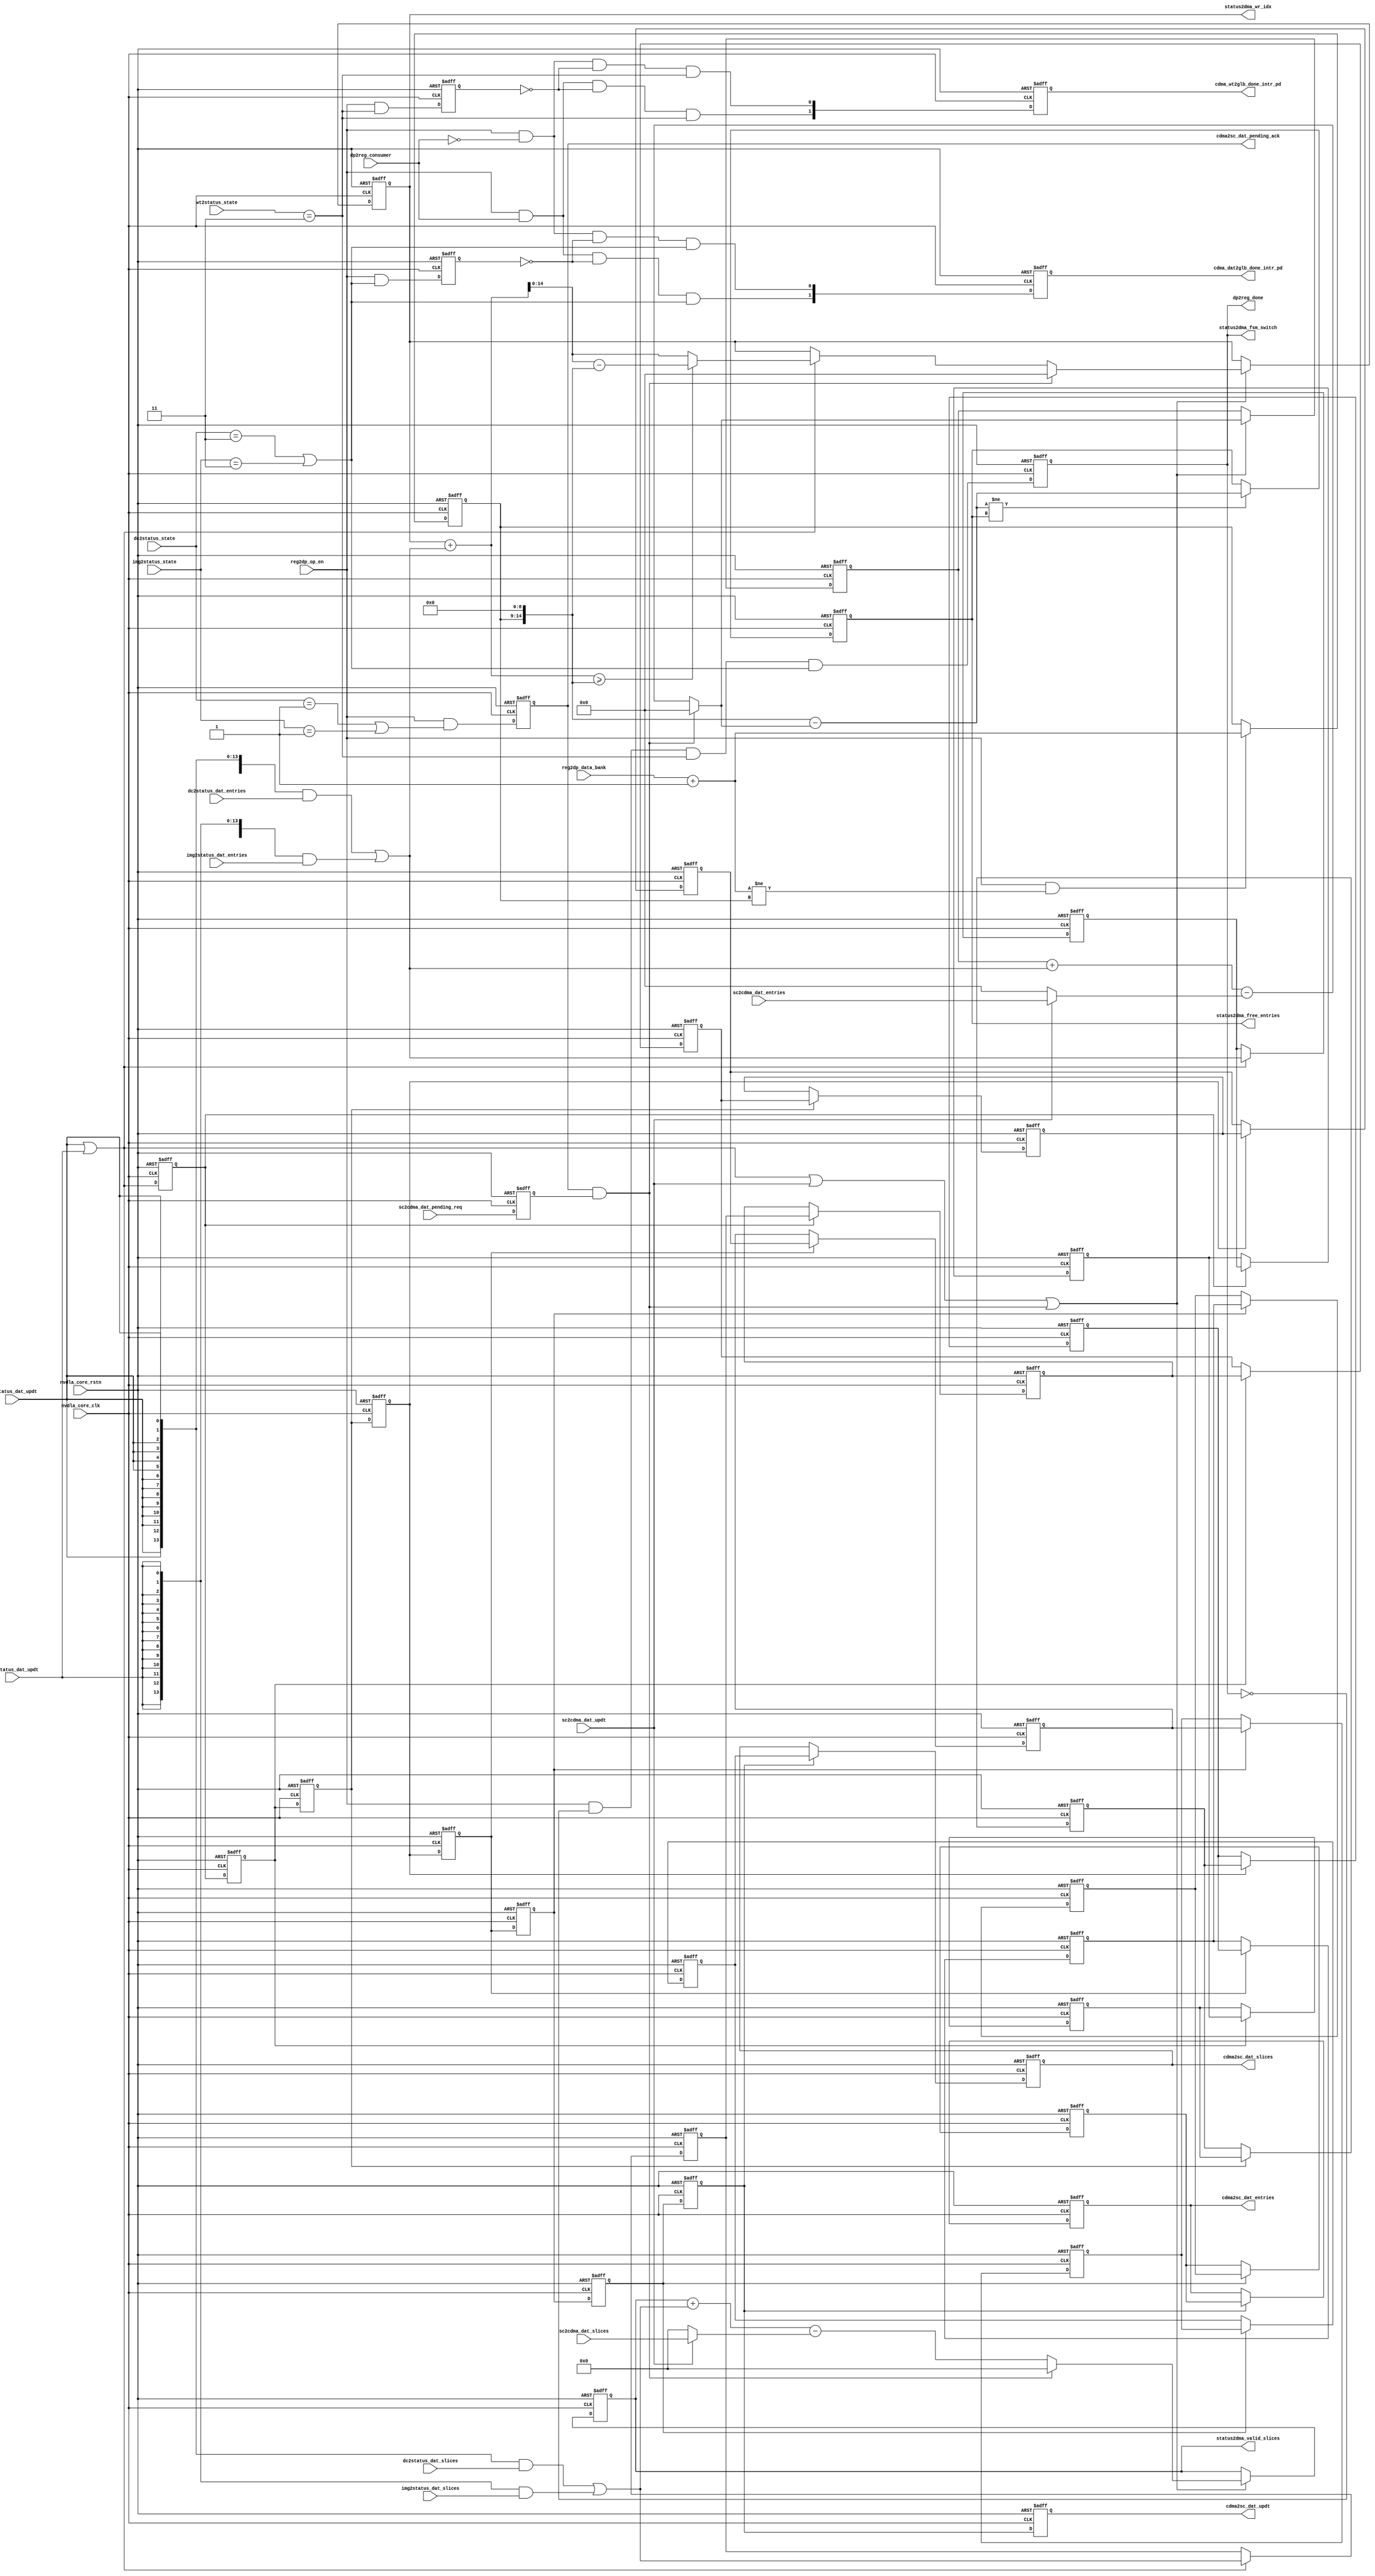
// ================================================================
// NVDLA Open Source Project
//
// Copyright(c) 2016 - 2017 NVIDIA Corporation. Licensed under the
// NVDLA Open Hardware License; Check "LICENSE" which comes with
// this distribution for more information.
// ================================================================
// ================================================================
// NVDLA Open Source Project
// 
// Copyright(c) 2016 - 2017 NVIDIA Corporation.  Licensed under the
// NVDLA Open Hardware License; Check "LICENSE" which comes with 
// this distribution for more information.
// ================================================================
//#define CDMA_SBUF_SDATA_BITS            256
//DorisL-S----------------
//
// #if ( NVDLA_MEMORY_ATOMIC_SIZE  ==  32 )
//     #define IMG_LARGE
// #endif
// #if ( NVDLA_MEMORY_ATOMIC_SIZE == 8 )
//     #define IMG_SMALL
// #endif
//DorisL-E----------------
//--------------------------------------------------
module NV_NVDLA_CDMA_status (
   nvdla_core_clk
  ,nvdla_core_rstn
  ,dc2status_dat_entries
  ,dc2status_dat_slices
  ,dc2status_dat_updt
  ,dc2status_state
  ,dp2reg_consumer
  ,img2status_dat_entries
  ,img2status_dat_slices
  ,img2status_dat_updt
  ,img2status_state
  ,reg2dp_data_bank
  ,reg2dp_op_en
  ,sc2cdma_dat_entries
  ,sc2cdma_dat_pending_req
  ,sc2cdma_dat_slices
  ,sc2cdma_dat_updt
  ,wt2status_state
  ,cdma2sc_dat_entries
  ,cdma2sc_dat_pending_ack
  ,cdma2sc_dat_slices
  ,cdma2sc_dat_updt
  ,cdma_dat2glb_done_intr_pd
  ,cdma_wt2glb_done_intr_pd
  ,dp2reg_done
  ,status2dma_free_entries
  ,status2dma_fsm_switch
  ,status2dma_valid_slices
  ,status2dma_wr_idx
  );
/////////////////////////////////////////////////////////
input nvdla_core_clk;
input nvdla_core_rstn;
input dc2status_dat_updt;
input [14:0] dc2status_dat_entries;
input [13:0] dc2status_dat_slices;
input img2status_dat_updt;
input [14:0] img2status_dat_entries;
input [13:0] img2status_dat_slices;
input sc2cdma_dat_updt;
input [14:0] sc2cdma_dat_entries;
input [13:0] sc2cdma_dat_slices;
output cdma2sc_dat_updt;
output [14:0] cdma2sc_dat_entries;
output [13:0] cdma2sc_dat_slices;
output [13:0] status2dma_valid_slices;
output [14:0] status2dma_free_entries;
output [14:0] status2dma_wr_idx;
input [1:0] dc2status_state;
input [1:0] img2status_state;
input [1:0] wt2status_state;
output dp2reg_done;
output status2dma_fsm_switch;
output [1:0] cdma_wt2glb_done_intr_pd;
output [1:0] cdma_dat2glb_done_intr_pd;
input sc2cdma_dat_pending_req;
output cdma2sc_dat_pending_ack;
input [0:0] reg2dp_op_en;
input [4:0] reg2dp_data_bank;
/////////////////////////////////////////////////////////
reg dat2status_done_d1;
reg [1:0] dat_done_intr;
reg [14:0] dat_entries_d1;
reg [14:0] dat_entries_d2;
reg [14:0] dat_entries_d3;
reg [14:0] dat_entries_d4;
reg [14:0] dat_entries_d5;
reg [14:0] dat_entries_d6;
reg [14:0] dat_entries_d7;
reg [14:0] dat_entries_d8;
reg [14:0] dat_entries_d9;
reg [13:0] dat_slices_d1;
reg [13:0] dat_slices_d2;
reg [13:0] dat_slices_d3;
reg [13:0] dat_slices_d4;
reg [13:0] dat_slices_d5;
reg [13:0] dat_slices_d6;
reg [13:0] dat_slices_d7;
reg [13:0] dat_slices_d8;
reg [13:0] dat_slices_d9;
reg dat_updt_d1;
reg dat_updt_d2;
reg dat_updt_d3;
reg dat_updt_d4;
reg dat_updt_d5;
reg dat_updt_d6;
reg dat_updt_d7;
reg dat_updt_d8;
reg dat_updt_d9;
reg layer_end;
reg pending_ack;
reg pending_req;
reg [5:0] real_bank;
reg [14:0] status2dma_free_entries;
reg status2dma_fsm_switch;
reg [14:0] status2dma_valid_entries;
reg [13:0] status2dma_valid_slices;
reg [14:0] status2dma_wr_idx;
reg wt2status_done_d1;
reg [1:0] wt_done_intr;
wire dat2status_done;
wire [1:0] dat_done_intr_w;
wire [14:0] dat_entries_d0;
wire [13:0] dat_slices_d0;
wire dat_updt_d0;
wire dc2status_done;
wire dc2status_pend;
wire [14:0] entries_add;
wire entries_reg_en;
wire [14:0] entries_sub;
wire img2status_done;
wire img2status_pend;
wire layer_end_w;
wire mon_status2dma_free_entries_w;
wire mon_status2dma_valid_entries_w;
wire mon_status2dma_valid_slices_w;
wire mon_status2dma_wr_idx_inc_wrap;
wire pending_ack_w;
wire real_bank_reg_en;
wire [5:0] real_bank_w;
wire [13:0] slices_add;
wire [13:0] slices_sub;
wire [14:0] status2dma_free_entries_w;
wire status2dma_fsm_switch_w;
wire [14:0] status2dma_valid_entries_w;
wire [13:0] status2dma_valid_slices_w;
wire [15:0] status2dma_wr_idx_inc;
wire [14:0] status2dma_wr_idx_inc_wrap;
wire status2dma_wr_idx_overflow;
wire [14:0] status2dma_wr_idx_w;
wire update_all;
wire update_dma;
wire wt2status_done;
wire [1:0] wt_done_intr_w;
input dp2reg_consumer;
////////////////////////////////////////////////////////////////////////
// control CDMA working status //
////////////////////////////////////////////////////////////////////////
assign wt2status_done = (wt2status_state == 3 );
assign dc2status_done = (dc2status_state == 3 );
assign dc2status_pend = (dc2status_state == 1 );
assign img2status_done = (img2status_state == 3 );
assign img2status_pend = (img2status_state == 1 );
assign dat2status_done = (dc2status_done | img2status_done);
assign status2dma_fsm_switch_w = reg2dp_op_en & ~status2dma_fsm_switch & wt2status_done & dat2status_done;
assign wt_done_intr_w[0] = reg2dp_op_en & ~dp2reg_consumer & ~wt2status_done_d1 & wt2status_done;
assign wt_done_intr_w[1] = reg2dp_op_en & dp2reg_consumer & ~wt2status_done_d1 & wt2status_done;
assign dat_done_intr_w[0] = reg2dp_op_en & ~dp2reg_consumer & ~dat2status_done_d1 & dat2status_done;
assign dat_done_intr_w[1] = reg2dp_op_en & dp2reg_consumer & ~dat2status_done_d1 & dat2status_done;
//: &eperl::flop("-nodeclare   -rval \"1'b0\"   -d \"status2dma_fsm_switch_w\" -q status2dma_fsm_switch");
//: &eperl::flop("-nodeclare   -rval \"1'b0\"   -d \"reg2dp_op_en & wt2status_done\" -q wt2status_done_d1");
//: &eperl::flop("-nodeclare   -rval \"1'b0\"   -d \"reg2dp_op_en & dat2status_done\" -q dat2status_done_d1");
//: &eperl::flop("-nodeclare   -rval \"{2{1'b0}}\"   -d \"wt_done_intr_w\" -q wt_done_intr");
//: &eperl::flop("-nodeclare   -rval \"{2{1'b0}}\"   -d \"dat_done_intr_w\" -q dat_done_intr");
//| eperl: generated_beg (DO NOT EDIT BELOW)
always @(posedge nvdla_core_clk or negedge nvdla_core_rstn) begin
   if (!nvdla_core_rstn) begin
       status2dma_fsm_switch <= 1'b0;
   end else begin
       status2dma_fsm_switch <= status2dma_fsm_switch_w;
   end
end
always @(posedge nvdla_core_clk or negedge nvdla_core_rstn) begin
   if (!nvdla_core_rstn) begin
       wt2status_done_d1 <= 1'b0;
   end else begin
       wt2status_done_d1 <= reg2dp_op_en & wt2status_done;
   end
end
always @(posedge nvdla_core_clk or negedge nvdla_core_rstn) begin
   if (!nvdla_core_rstn) begin
       dat2status_done_d1 <= 1'b0;
   end else begin
       dat2status_done_d1 <= reg2dp_op_en & dat2status_done;
   end
end
always @(posedge nvdla_core_clk or negedge nvdla_core_rstn) begin
   if (!nvdla_core_rstn) begin
       wt_done_intr <= {2{1'b0}};
   end else begin
       wt_done_intr <= wt_done_intr_w;
   end
end
always @(posedge nvdla_core_clk or negedge nvdla_core_rstn) begin
   if (!nvdla_core_rstn) begin
       dat_done_intr <= {2{1'b0}};
   end else begin
       dat_done_intr <= dat_done_intr_w;
   end
end

//| eperl: generated_end (DO NOT EDIT ABOVE)
assign dp2reg_done = status2dma_fsm_switch;
assign cdma_wt2glb_done_intr_pd = wt_done_intr;
assign cdma_dat2glb_done_intr_pd = dat_done_intr;
////////////////////////////////////////////////////////////////////////
// manage data bank status //
////////////////////////////////////////////////////////////////////////
assign layer_end_w = status2dma_fsm_switch ? 1'b1 :
                     reg2dp_op_en ? 1'b0 :
                     layer_end;
assign real_bank_w = reg2dp_data_bank + 1'b1;
assign real_bank_reg_en = reg2dp_op_en && (real_bank_w != real_bank);
assign pending_ack_w = (reg2dp_op_en & (dc2status_pend | img2status_pend));
assign update_dma = dc2status_dat_updt | img2status_dat_updt;
assign update_all = update_dma | sc2cdma_dat_updt | (pending_ack & pending_req);
assign entries_add = ({15{dc2status_dat_updt}} & dc2status_dat_entries) |
                     ({15{img2status_dat_updt}} & img2status_dat_entries);
assign entries_sub = sc2cdma_dat_updt ? sc2cdma_dat_entries : 15'b0;
assign {mon_status2dma_valid_entries_w,
        status2dma_valid_entries_w} = (pending_ack & pending_req) ? 15'b0 :
                                     status2dma_valid_entries + entries_add - entries_sub;
assign slices_add = ({14{dc2status_dat_updt}} & dc2status_dat_slices) |
                    ({14{img2status_dat_updt}} & img2status_dat_slices);
assign slices_sub = sc2cdma_dat_updt ? sc2cdma_dat_slices : 14'b0;
assign {mon_status2dma_valid_slices_w,
        status2dma_valid_slices_w} = (pending_ack & pending_req) ? 15'b0 :
                                    status2dma_valid_slices + slices_add - slices_sub;
//: my $bank_depth = 512 ;
//: my $bankdep_bw = int( log($bank_depth)/log(2) );
//: print qq(
//: assign {mon_status2dma_free_entries_w,
//: status2dma_free_entries_w} = {real_bank, ${bankdep_bw}'b0} - status2dma_valid_entries_w;
//: );
//| eperl: generated_beg (DO NOT EDIT BELOW)

assign {mon_status2dma_free_entries_w,
status2dma_free_entries_w} = {real_bank, 9'b0} - status2dma_valid_entries_w;

//| eperl: generated_end (DO NOT EDIT ABOVE)
assign entries_reg_en = (status2dma_free_entries_w != status2dma_free_entries);
assign status2dma_wr_idx_inc = status2dma_wr_idx + entries_add;
//: my $bank_depth = 512 ;
//: my $bankdep_bw = int( log($bank_depth)/log(2) );
//: print qq( assign {mon_status2dma_wr_idx_inc_wrap,
//: status2dma_wr_idx_inc_wrap} = status2dma_wr_idx + entries_add - {real_bank, ${bankdep_bw}'b0};
//: assign status2dma_wr_idx_overflow = (status2dma_wr_idx_inc >= {1'b0, real_bank, ${bankdep_bw}'b0});
//: );
//| eperl: generated_beg (DO NOT EDIT BELOW)
 assign {mon_status2dma_wr_idx_inc_wrap,
status2dma_wr_idx_inc_wrap} = status2dma_wr_idx + entries_add - {real_bank, 9'b0};
assign status2dma_wr_idx_overflow = (status2dma_wr_idx_inc >= {1'b0, real_bank, 9'b0});

//| eperl: generated_end (DO NOT EDIT ABOVE)
assign status2dma_wr_idx_w = (pending_ack & pending_req) ? 15'b0 :
                             (~update_dma) ? status2dma_wr_idx :
                             status2dma_wr_idx_overflow ? status2dma_wr_idx_inc_wrap :
                             status2dma_wr_idx_inc[15 -1:0];
//: &eperl::flop("-nodeclare   -rval \"1'b1\"   -d \"layer_end_w\" -q layer_end");
//: &eperl::flop("-nodeclare   -rval \"{15{1'b0}}\"  -en \"update_all\" -d \"status2dma_valid_entries_w\" -q status2dma_valid_entries");
//: &eperl::flop("-nodeclare   -rval \"{14{1'b0}}\"  -en \"update_all\" -d \"status2dma_valid_slices_w\" -q status2dma_valid_slices");
//: &eperl::flop("-nodeclare   -rval \"{15{1'b0}}\"  -en \"entries_reg_en\" -d \"status2dma_free_entries_w\" -q status2dma_free_entries");
//: &eperl::flop("-nodeclare   -rval \"{15{1'b0}}\"  -en \"update_all\" -d \"status2dma_wr_idx_w\" -q status2dma_wr_idx");
//: &eperl::flop("-nodeclare   -rval \"{6{1'b0}}\"  -en \"real_bank_reg_en\" -d \"real_bank_w\" -q real_bank");
//: &eperl::flop("-nodeclare   -rval \"1'b0\"   -d \"pending_ack_w\" -q pending_ack");
//: &eperl::flop("-nodeclare   -rval \"1'b0\"   -d \"sc2cdma_dat_pending_req\" -q pending_req");
//| eperl: generated_beg (DO NOT EDIT BELOW)
always @(posedge nvdla_core_clk or negedge nvdla_core_rstn) begin
   if (!nvdla_core_rstn) begin
       layer_end <= 1'b1;
   end else begin
       layer_end <= layer_end_w;
   end
end
always @(posedge nvdla_core_clk or negedge nvdla_core_rstn) begin
   if (!nvdla_core_rstn) begin
       status2dma_valid_entries <= {15{1'b0}};
   end else begin
       if ((update_all) == 1'b1) begin
           status2dma_valid_entries <= status2dma_valid_entries_w;
       // VCS coverage off
       end else if ((update_all) == 1'b0) begin
       end else begin
           status2dma_valid_entries <= 'bx;
       // VCS coverage on
       end
   end
end
always @(posedge nvdla_core_clk or negedge nvdla_core_rstn) begin
   if (!nvdla_core_rstn) begin
       status2dma_valid_slices <= {14{1'b0}};
   end else begin
       if ((update_all) == 1'b1) begin
           status2dma_valid_slices <= status2dma_valid_slices_w;
       // VCS coverage off
       end else if ((update_all) == 1'b0) begin
       end else begin
           status2dma_valid_slices <= 'bx;
       // VCS coverage on
       end
   end
end
always @(posedge nvdla_core_clk or negedge nvdla_core_rstn) begin
   if (!nvdla_core_rstn) begin
       status2dma_free_entries <= {15{1'b0}};
   end else begin
       if ((entries_reg_en) == 1'b1) begin
           status2dma_free_entries <= status2dma_free_entries_w;
       // VCS coverage off
       end else if ((entries_reg_en) == 1'b0) begin
       end else begin
           status2dma_free_entries <= 'bx;
       // VCS coverage on
       end
   end
end
always @(posedge nvdla_core_clk or negedge nvdla_core_rstn) begin
   if (!nvdla_core_rstn) begin
       status2dma_wr_idx <= {15{1'b0}};
   end else begin
       if ((update_all) == 1'b1) begin
           status2dma_wr_idx <= status2dma_wr_idx_w;
       // VCS coverage off
       end else if ((update_all) == 1'b0) begin
       end else begin
           status2dma_wr_idx <= 'bx;
       // VCS coverage on
       end
   end
end
always @(posedge nvdla_core_clk or negedge nvdla_core_rstn) begin
   if (!nvdla_core_rstn) begin
       real_bank <= {6{1'b0}};
   end else begin
       if ((real_bank_reg_en) == 1'b1) begin
           real_bank <= real_bank_w;
       // VCS coverage off
       end else if ((real_bank_reg_en) == 1'b0) begin
       end else begin
           real_bank <= 'bx;
       // VCS coverage on
       end
   end
end
always @(posedge nvdla_core_clk or negedge nvdla_core_rstn) begin
   if (!nvdla_core_rstn) begin
       pending_ack <= 1'b0;
   end else begin
       pending_ack <= pending_ack_w;
   end
end
always @(posedge nvdla_core_clk or negedge nvdla_core_rstn) begin
   if (!nvdla_core_rstn) begin
       pending_req <= 1'b0;
   end else begin
       pending_req <= sc2cdma_dat_pending_req;
   end
end

//| eperl: generated_end (DO NOT EDIT ABOVE)
assign cdma2sc_dat_pending_ack = pending_ack;
//: my $latency = (3 + 3 + 3);
//: print "assign dat_updt_d0 = update_dma;\n";
//: print "assign dat_entries_d0 = entries_add;\n";
//: print "assign dat_slices_d0 = slices_add;\n";
//: for(my $i = 0; $i < $latency; $i ++) {
//: my $j = $i + 1;
//: &eperl::flop("-nodeclare   -rval \"1'b0\"   -d \"dat_updt_d${i}\" -q dat_updt_d${j}");
//: &eperl::flop("-nodeclare   -rval \"{15{1'b0}}\"  -en \"dat_updt_d${i}\" -d \"dat_entries_d${i}\" -q dat_entries_d${j}");
//: &eperl::flop("-nodeclare   -rval \"{14{1'b0}}\"  -en \"dat_updt_d${i}\" -d \"dat_slices_d${i}\" -q dat_slices_d${j}");
//: }
//: my $k = $latency;
//: print "assign cdma2sc_dat_updt = dat_updt_d${k};\n";
//: print "assign cdma2sc_dat_entries = dat_entries_d${k};\n";
//: print "assign cdma2sc_dat_slices = dat_slices_d${k};\n";
//| eperl: generated_beg (DO NOT EDIT BELOW)
assign dat_updt_d0 = update_dma;
assign dat_entries_d0 = entries_add;
assign dat_slices_d0 = slices_add;
always @(posedge nvdla_core_clk or negedge nvdla_core_rstn) begin
   if (!nvdla_core_rstn) begin
       dat_updt_d1 <= 1'b0;
   end else begin
       dat_updt_d1 <= dat_updt_d0;
   end
end
always @(posedge nvdla_core_clk or negedge nvdla_core_rstn) begin
   if (!nvdla_core_rstn) begin
       dat_entries_d1 <= {15{1'b0}};
   end else begin
       if ((dat_updt_d0) == 1'b1) begin
           dat_entries_d1 <= dat_entries_d0;
       // VCS coverage off
       end else if ((dat_updt_d0) == 1'b0) begin
       end else begin
           dat_entries_d1 <= 'bx;
       // VCS coverage on
       end
   end
end
always @(posedge nvdla_core_clk or negedge nvdla_core_rstn) begin
   if (!nvdla_core_rstn) begin
       dat_slices_d1 <= {14{1'b0}};
   end else begin
       if ((dat_updt_d0) == 1'b1) begin
           dat_slices_d1 <= dat_slices_d0;
       // VCS coverage off
       end else if ((dat_updt_d0) == 1'b0) begin
       end else begin
           dat_slices_d1 <= 'bx;
       // VCS coverage on
       end
   end
end
always @(posedge nvdla_core_clk or negedge nvdla_core_rstn) begin
   if (!nvdla_core_rstn) begin
       dat_updt_d2 <= 1'b0;
   end else begin
       dat_updt_d2 <= dat_updt_d1;
   end
end
always @(posedge nvdla_core_clk or negedge nvdla_core_rstn) begin
   if (!nvdla_core_rstn) begin
       dat_entries_d2 <= {15{1'b0}};
   end else begin
       if ((dat_updt_d1) == 1'b1) begin
           dat_entries_d2 <= dat_entries_d1;
       // VCS coverage off
       end else if ((dat_updt_d1) == 1'b0) begin
       end else begin
           dat_entries_d2 <= 'bx;
       // VCS coverage on
       end
   end
end
always @(posedge nvdla_core_clk or negedge nvdla_core_rstn) begin
   if (!nvdla_core_rstn) begin
       dat_slices_d2 <= {14{1'b0}};
   end else begin
       if ((dat_updt_d1) == 1'b1) begin
           dat_slices_d2 <= dat_slices_d1;
       // VCS coverage off
       end else if ((dat_updt_d1) == 1'b0) begin
       end else begin
           dat_slices_d2 <= 'bx;
       // VCS coverage on
       end
   end
end
always @(posedge nvdla_core_clk or negedge nvdla_core_rstn) begin
   if (!nvdla_core_rstn) begin
       dat_updt_d3 <= 1'b0;
   end else begin
       dat_updt_d3 <= dat_updt_d2;
   end
end
always @(posedge nvdla_core_clk or negedge nvdla_core_rstn) begin
   if (!nvdla_core_rstn) begin
       dat_entries_d3 <= {15{1'b0}};
   end else begin
       if ((dat_updt_d2) == 1'b1) begin
           dat_entries_d3 <= dat_entries_d2;
       // VCS coverage off
       end else if ((dat_updt_d2) == 1'b0) begin
       end else begin
           dat_entries_d3 <= 'bx;
       // VCS coverage on
       end
   end
end
always @(posedge nvdla_core_clk or negedge nvdla_core_rstn) begin
   if (!nvdla_core_rstn) begin
       dat_slices_d3 <= {14{1'b0}};
   end else begin
       if ((dat_updt_d2) == 1'b1) begin
           dat_slices_d3 <= dat_slices_d2;
       // VCS coverage off
       end else if ((dat_updt_d2) == 1'b0) begin
       end else begin
           dat_slices_d3 <= 'bx;
       // VCS coverage on
       end
   end
end
always @(posedge nvdla_core_clk or negedge nvdla_core_rstn) begin
   if (!nvdla_core_rstn) begin
       dat_updt_d4 <= 1'b0;
   end else begin
       dat_updt_d4 <= dat_updt_d3;
   end
end
always @(posedge nvdla_core_clk or negedge nvdla_core_rstn) begin
   if (!nvdla_core_rstn) begin
       dat_entries_d4 <= {15{1'b0}};
   end else begin
       if ((dat_updt_d3) == 1'b1) begin
           dat_entries_d4 <= dat_entries_d3;
       // VCS coverage off
       end else if ((dat_updt_d3) == 1'b0) begin
       end else begin
           dat_entries_d4 <= 'bx;
       // VCS coverage on
       end
   end
end
always @(posedge nvdla_core_clk or negedge nvdla_core_rstn) begin
   if (!nvdla_core_rstn) begin
       dat_slices_d4 <= {14{1'b0}};
   end else begin
       if ((dat_updt_d3) == 1'b1) begin
           dat_slices_d4 <= dat_slices_d3;
       // VCS coverage off
       end else if ((dat_updt_d3) == 1'b0) begin
       end else begin
           dat_slices_d4 <= 'bx;
       // VCS coverage on
       end
   end
end
always @(posedge nvdla_core_clk or negedge nvdla_core_rstn) begin
   if (!nvdla_core_rstn) begin
       dat_updt_d5 <= 1'b0;
   end else begin
       dat_updt_d5 <= dat_updt_d4;
   end
end
always @(posedge nvdla_core_clk or negedge nvdla_core_rstn) begin
   if (!nvdla_core_rstn) begin
       dat_entries_d5 <= {15{1'b0}};
   end else begin
       if ((dat_updt_d4) == 1'b1) begin
           dat_entries_d5 <= dat_entries_d4;
       // VCS coverage off
       end else if ((dat_updt_d4) == 1'b0) begin
       end else begin
           dat_entries_d5 <= 'bx;
       // VCS coverage on
       end
   end
end
always @(posedge nvdla_core_clk or negedge nvdla_core_rstn) begin
   if (!nvdla_core_rstn) begin
       dat_slices_d5 <= {14{1'b0}};
   end else begin
       if ((dat_updt_d4) == 1'b1) begin
           dat_slices_d5 <= dat_slices_d4;
       // VCS coverage off
       end else if ((dat_updt_d4) == 1'b0) begin
       end else begin
           dat_slices_d5 <= 'bx;
       // VCS coverage on
       end
   end
end
always @(posedge nvdla_core_clk or negedge nvdla_core_rstn) begin
   if (!nvdla_core_rstn) begin
       dat_updt_d6 <= 1'b0;
   end else begin
       dat_updt_d6 <= dat_updt_d5;
   end
end
always @(posedge nvdla_core_clk or negedge nvdla_core_rstn) begin
   if (!nvdla_core_rstn) begin
       dat_entries_d6 <= {15{1'b0}};
   end else begin
       if ((dat_updt_d5) == 1'b1) begin
           dat_entries_d6 <= dat_entries_d5;
       // VCS coverage off
       end else if ((dat_updt_d5) == 1'b0) begin
       end else begin
           dat_entries_d6 <= 'bx;
       // VCS coverage on
       end
   end
end
always @(posedge nvdla_core_clk or negedge nvdla_core_rstn) begin
   if (!nvdla_core_rstn) begin
       dat_slices_d6 <= {14{1'b0}};
   end else begin
       if ((dat_updt_d5) == 1'b1) begin
           dat_slices_d6 <= dat_slices_d5;
       // VCS coverage off
       end else if ((dat_updt_d5) == 1'b0) begin
       end else begin
           dat_slices_d6 <= 'bx;
       // VCS coverage on
       end
   end
end
always @(posedge nvdla_core_clk or negedge nvdla_core_rstn) begin
   if (!nvdla_core_rstn) begin
       dat_updt_d7 <= 1'b0;
   end else begin
       dat_updt_d7 <= dat_updt_d6;
   end
end
always @(posedge nvdla_core_clk or negedge nvdla_core_rstn) begin
   if (!nvdla_core_rstn) begin
       dat_entries_d7 <= {15{1'b0}};
   end else begin
       if ((dat_updt_d6) == 1'b1) begin
           dat_entries_d7 <= dat_entries_d6;
       // VCS coverage off
       end else if ((dat_updt_d6) == 1'b0) begin
       end else begin
           dat_entries_d7 <= 'bx;
       // VCS coverage on
       end
   end
end
always @(posedge nvdla_core_clk or negedge nvdla_core_rstn) begin
   if (!nvdla_core_rstn) begin
       dat_slices_d7 <= {14{1'b0}};
   end else begin
       if ((dat_updt_d6) == 1'b1) begin
           dat_slices_d7 <= dat_slices_d6;
       // VCS coverage off
       end else if ((dat_updt_d6) == 1'b0) begin
       end else begin
           dat_slices_d7 <= 'bx;
       // VCS coverage on
       end
   end
end
always @(posedge nvdla_core_clk or negedge nvdla_core_rstn) begin
   if (!nvdla_core_rstn) begin
       dat_updt_d8 <= 1'b0;
   end else begin
       dat_updt_d8 <= dat_updt_d7;
   end
end
always @(posedge nvdla_core_clk or negedge nvdla_core_rstn) begin
   if (!nvdla_core_rstn) begin
       dat_entries_d8 <= {15{1'b0}};
   end else begin
       if ((dat_updt_d7) == 1'b1) begin
           dat_entries_d8 <= dat_entries_d7;
       // VCS coverage off
       end else if ((dat_updt_d7) == 1'b0) begin
       end else begin
           dat_entries_d8 <= 'bx;
       // VCS coverage on
       end
   end
end
always @(posedge nvdla_core_clk or negedge nvdla_core_rstn) begin
   if (!nvdla_core_rstn) begin
       dat_slices_d8 <= {14{1'b0}};
   end else begin
       if ((dat_updt_d7) == 1'b1) begin
           dat_slices_d8 <= dat_slices_d7;
       // VCS coverage off
       end else if ((dat_updt_d7) == 1'b0) begin
       end else begin
           dat_slices_d8 <= 'bx;
       // VCS coverage on
       end
   end
end
always @(posedge nvdla_core_clk or negedge nvdla_core_rstn) begin
   if (!nvdla_core_rstn) begin
       dat_updt_d9 <= 1'b0;
   end else begin
       dat_updt_d9 <= dat_updt_d8;
   end
end
always @(posedge nvdla_core_clk or negedge nvdla_core_rstn) begin
   if (!nvdla_core_rstn) begin
       dat_entries_d9 <= {15{1'b0}};
   end else begin
       if ((dat_updt_d8) == 1'b1) begin
           dat_entries_d9 <= dat_entries_d8;
       // VCS coverage off
       end else if ((dat_updt_d8) == 1'b0) begin
       end else begin
           dat_entries_d9 <= 'bx;
       // VCS coverage on
       end
   end
end
always @(posedge nvdla_core_clk or negedge nvdla_core_rstn) begin
   if (!nvdla_core_rstn) begin
       dat_slices_d9 <= {14{1'b0}};
   end else begin
       if ((dat_updt_d8) == 1'b1) begin
           dat_slices_d9 <= dat_slices_d8;
       // VCS coverage off
       end else if ((dat_updt_d8) == 1'b0) begin
       end else begin
           dat_slices_d9 <= 'bx;
       // VCS coverage on
       end
   end
end
assign cdma2sc_dat_updt = dat_updt_d9;
assign cdma2sc_dat_entries = dat_entries_d9;
assign cdma2sc_dat_slices = dat_slices_d9;

//| eperl: generated_end (DO NOT EDIT ABOVE)
//////////////////////////////////////////////////////////////
///// functional point                                   /////
//////////////////////////////////////////////////////////////
//VCS coverage off
`ifndef DISABLE_FUNCPOINT
  `ifdef ENABLE_FUNCPOINT
    reg funcpoint_cover_off;
    initial begin
        if ( $test$plusargs( "cover_off" ) ) begin
            funcpoint_cover_off = 1'b1;
        end else begin
            funcpoint_cover_off = 1'b0;
        end
    end
    property cdma_status__status_base_overflow__0_cov;
        disable iff((nvdla_core_rstn !== 1) || funcpoint_cover_off)
        @(posedge nvdla_core_clk)
        (update_dma & status2dma_wr_idx_overflow);
    endproperty
// Cover 0 : "(update_dma & status2dma_wr_idx_overflow)"
    FUNCPOINT_cdma_status__status_base_overflow__0_COV : cover property (cdma_status__status_base_overflow__0_cov);
  `endif
`endif
//VCS coverage on
////////////////////////////////////////////////////////////////////////
// Assertion //
////////////////////////////////////////////////////////////////////////
`ifdef SPYGLASS_ASSERT_ON
`else
// spyglass disable_block NoWidthInBasedNum-ML
// spyglass disable_block STARC-2.10.3.2a
// spyglass disable_block STARC05-2.1.3.1
// spyglass disable_block STARC-2.1.4.6
// spyglass disable_block W116
// spyglass disable_block W154
// spyglass disable_block W239
// spyglass disable_block W362
// spyglass disable_block WRN_58
// spyglass disable_block WRN_61
`endif // SPYGLASS_ASSERT_ON
`ifdef ASSERT_ON
`ifdef FV_ASSERT_ON
`define ASSERT_RESET nvdla_core_rstn
`else
`ifdef SYNTHESIS
`define ASSERT_RESET nvdla_core_rstn
`else
`ifdef ASSERT_OFF_RESET_IS_X
`define ASSERT_RESET ((1'bx === nvdla_core_rstn) ? 1'b0 : nvdla_core_rstn)
`else
`define ASSERT_RESET ((1'bx === nvdla_core_rstn) ? 1'b1 : nvdla_core_rstn)
`endif // ASSERT_OFF_RESET_IS_X
`endif // SYNTHESIS
`endif // FV_ASSERT_ON
`ifndef SYNTHESIS
// VCS coverage off
  nv_assert_no_x #(0,1,0,"No X's allowed on control signals") zzz_assert_no_x_3x (nvdla_core_clk, `ASSERT_RESET, 1'd1, (^(update_all))); // spyglass disable W504 SelfDeterminedExpr-ML 
  nv_assert_no_x #(0,1,0,"No X's allowed on control signals") zzz_assert_no_x_4x (nvdla_core_clk, `ASSERT_RESET, 1'd1, (^(update_all))); // spyglass disable W504 SelfDeterminedExpr-ML 
  nv_assert_no_x #(0,1,0,"No X's allowed on control signals") zzz_assert_no_x_5x (nvdla_core_clk, `ASSERT_RESET, 1'd1, (^(entries_reg_en))); // spyglass disable W504 SelfDeterminedExpr-ML 
  nv_assert_no_x #(0,1,0,"No X's allowed on control signals") zzz_assert_no_x_6x (nvdla_core_clk, `ASSERT_RESET, 1'd1, (^(update_all))); // spyglass disable W504 SelfDeterminedExpr-ML 
  nv_assert_no_x #(0,1,0,"No X's allowed on control signals") zzz_assert_no_x_7x (nvdla_core_clk, `ASSERT_RESET, 1'd1, (^(real_bank_reg_en))); // spyglass disable W504 SelfDeterminedExpr-ML 
  nv_assert_no_x #(0,1,0,"No X's allowed on control signals") zzz_assert_no_x_8x (nvdla_core_clk, `ASSERT_RESET, 1'd1, (^(dat_updt_d0))); // spyglass disable W504 SelfDeterminedExpr-ML 
  nv_assert_no_x #(0,1,0,"No X's allowed on control signals") zzz_assert_no_x_9x (nvdla_core_clk, `ASSERT_RESET, 1'd1, (^(dat_updt_d0))); // spyglass disable W504 SelfDeterminedExpr-ML 
  nv_assert_no_x #(0,1,0,"No X's allowed on control signals") zzz_assert_no_x_10x (nvdla_core_clk, `ASSERT_RESET, 1'd1, (^(dat_updt_d1))); // spyglass disable W504 SelfDeterminedExpr-ML 
  nv_assert_no_x #(0,1,0,"No X's allowed on control signals") zzz_assert_no_x_11x (nvdla_core_clk, `ASSERT_RESET, 1'd1, (^(dat_updt_d1))); // spyglass disable W504 SelfDeterminedExpr-ML 
  nv_assert_no_x #(0,1,0,"No X's allowed on control signals") zzz_assert_no_x_12x (nvdla_core_clk, `ASSERT_RESET, 1'd1, (^(dat_updt_d2))); // spyglass disable W504 SelfDeterminedExpr-ML 
  nv_assert_no_x #(0,1,0,"No X's allowed on control signals") zzz_assert_no_x_13x (nvdla_core_clk, `ASSERT_RESET, 1'd1, (^(dat_updt_d2))); // spyglass disable W504 SelfDeterminedExpr-ML 
  nv_assert_no_x #(0,1,0,"No X's allowed on control signals") zzz_assert_no_x_14x (nvdla_core_clk, `ASSERT_RESET, 1'd1, (^(dat_updt_d3))); // spyglass disable W504 SelfDeterminedExpr-ML 
  nv_assert_no_x #(0,1,0,"No X's allowed on control signals") zzz_assert_no_x_15x (nvdla_core_clk, `ASSERT_RESET, 1'd1, (^(dat_updt_d3))); // spyglass disable W504 SelfDeterminedExpr-ML 
  nv_assert_no_x #(0,1,0,"No X's allowed on control signals") zzz_assert_no_x_16x (nvdla_core_clk, `ASSERT_RESET, 1'd1, (^(dat_updt_d4))); // spyglass disable W504 SelfDeterminedExpr-ML 
  nv_assert_no_x #(0,1,0,"No X's allowed on control signals") zzz_assert_no_x_17x (nvdla_core_clk, `ASSERT_RESET, 1'd1, (^(dat_updt_d4))); // spyglass disable W504 SelfDeterminedExpr-ML 
  nv_assert_no_x #(0,1,0,"No X's allowed on control signals") zzz_assert_no_x_18x (nvdla_core_clk, `ASSERT_RESET, 1'd1, (^(dat_updt_d5))); // spyglass disable W504 SelfDeterminedExpr-ML 
  nv_assert_no_x #(0,1,0,"No X's allowed on control signals") zzz_assert_no_x_19x (nvdla_core_clk, `ASSERT_RESET, 1'd1, (^(dat_updt_d5))); // spyglass disable W504 SelfDeterminedExpr-ML 
  nv_assert_no_x #(0,1,0,"No X's allowed on control signals") zzz_assert_no_x_20x (nvdla_core_clk, `ASSERT_RESET, 1'd1, (^(dat_updt_d6))); // spyglass disable W504 SelfDeterminedExpr-ML 
  nv_assert_no_x #(0,1,0,"No X's allowed on control signals") zzz_assert_no_x_21x (nvdla_core_clk, `ASSERT_RESET, 1'd1, (^(dat_updt_d6))); // spyglass disable W504 SelfDeterminedExpr-ML 
  nv_assert_no_x #(0,1,0,"No X's allowed on control signals") zzz_assert_no_x_22x (nvdla_core_clk, `ASSERT_RESET, 1'd1, (^(dat_updt_d7))); // spyglass disable W504 SelfDeterminedExpr-ML 
  nv_assert_no_x #(0,1,0,"No X's allowed on control signals") zzz_assert_no_x_23x (nvdla_core_clk, `ASSERT_RESET, 1'd1, (^(dat_updt_d7))); // spyglass disable W504 SelfDeterminedExpr-ML 
  nv_assert_no_x #(0,1,0,"No X's allowed on control signals") zzz_assert_no_x_24x (nvdla_core_clk, `ASSERT_RESET, 1'd1, (^(dat_updt_d8))); // spyglass disable W504 SelfDeterminedExpr-ML 
  nv_assert_no_x #(0,1,0,"No X's allowed on control signals") zzz_assert_no_x_25x (nvdla_core_clk, `ASSERT_RESET, 1'd1, (^(dat_updt_d8))); // spyglass disable W504 SelfDeterminedExpr-ML 
  nv_assert_never #(0,0,"CDMA submodule done when op_en is invalid") zzz_assert_never_1x (nvdla_core_clk, `ASSERT_RESET, (~reg2dp_op_en & (wt2status_done | dc2status_done | wg2status_done | img2status_done))); // spyglass disable W504 SelfDeterminedExpr-ML 
  nv_assert_zero_one_hot #(0,3,0,"Two of DC, WG and IMG are done") zzz_assert_zero_one_hot_2x (nvdla_core_clk, `ASSERT_RESET, ({dc2status_done, wg2status_done, img2status_done})); // spyglass disable W504 SelfDeterminedExpr-ML 
  nv_assert_zero_one_hot #(0,3,0,"Two of DC, WG and IMG are updating") zzz_assert_zero_one_hot_26x (nvdla_core_clk, `ASSERT_RESET, ({dc2status_dat_updt, wg2status_dat_updt, img2status_dat_updt})); // spyglass disable W504 SelfDeterminedExpr-ML 
  nv_assert_zero_one_hot #(0,3,0,"Two of DC, WG and IMG are done") zzz_assert_zero_one_hot_27x (nvdla_core_clk, `ASSERT_RESET, ({dc2status_done, wg2status_done, img2status_done})); // spyglass disable W504 SelfDeterminedExpr-ML 
  nv_assert_zero_one_hot #(0,3,0,"Two of DC, WG and IMG are pend") zzz_assert_zero_one_hot_28x (nvdla_core_clk, `ASSERT_RESET, ({dc2status_pend, wg2status_pend, img2status_pend})); // spyglass disable W504 SelfDeterminedExpr-ML 
  nv_assert_never #(0,0,"DMA increase when pending") zzz_assert_never_29x (nvdla_core_clk, `ASSERT_RESET, (pending_ack & update_dma)); // spyglass disable W504 SelfDeterminedExpr-ML 
  nv_assert_never #(0,0,"Error clear") zzz_assert_never_30x (nvdla_core_clk, `ASSERT_RESET, (sc2cdma_dat_updt & ((sc2cdma_dat_entries == status2dma_valid_entries) ^ (sc2cdma_dat_slices == status2dma_valid_slices)))); // spyglass disable W504 SelfDeterminedExpr-ML 
  nv_assert_never #(0,0,"Error! status2dma_valid_entries_w is overflow!") zzz_assert_never_31x (nvdla_core_clk, `ASSERT_RESET, (update_all & mon_status2dma_valid_entries_w)); // spyglass disable W504 SelfDeterminedExpr-ML 
  nv_assert_never #(0,0,"Error! status2dma_valid_entries_w is out of range!") zzz_assert_never_32x (nvdla_core_clk, `ASSERT_RESET, (update_all && (status2dma_valid_entries_w > 16384))); // spyglass disable W504 SelfDeterminedExpr-ML 
  nv_assert_never #(0,0,"Error! status2dma_valid_slices_w is overflow!") zzz_assert_never_33x (nvdla_core_clk, `ASSERT_RESET, (update_all & mon_status2dma_valid_slices_w)); // spyglass disable W504 SelfDeterminedExpr-ML 
  nv_assert_never #(0,0,"Error! status2dma_valid_slices_w is out of range!") zzz_assert_never_34x (nvdla_core_clk, `ASSERT_RESET, (update_all && (status2dma_valid_slices_w > 3840))); // spyglass disable W504 SelfDeterminedExpr-ML 
// VCS coverage on
`endif
`undef ASSERT_RESET
`endif // ASSERT_ON
`ifdef SPYGLASS_ASSERT_ON
`else
// spyglass enable_block NoWidthInBasedNum-ML
// spyglass enable_block STARC-2.10.3.2a
// spyglass enable_block STARC05-2.1.3.1
// spyglass enable_block STARC-2.1.4.6
// spyglass enable_block W116
// spyglass enable_block W154
// spyglass enable_block W239
// spyglass enable_block W362
// spyglass enable_block WRN_58
// spyglass enable_block WRN_61
`endif // SPYGLASS_ASSERT_ON
endmodule // NV_NVDLA_CDMA_status